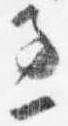
過